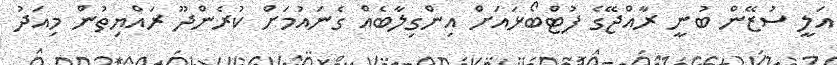
އަލީ ސުޒޭން ބުނީ ރާއްޖޭގެ ފުޓްބޯޅައަށް އިންގިލާބެއް ގެނައުމަށް ކުރެންދޫ ރައްޔިތުން މިއަދު